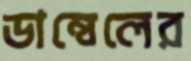
ডাম্বেলের